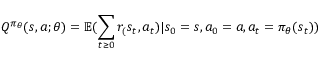
Q ^ { \pi _ { \theta } } ( s , a ; \theta ) = \mathbb { E } ( \sum _ { t \ge 0 } r _ { ( } s _ { t } , a _ { t } ) | s _ { 0 } = s , a _ { 0 } = a , a _ { t } = \pi _ { \theta } ( s _ { t } ) )